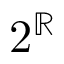
2 ^ { \mathbb { R } }